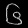
Digit: ၆